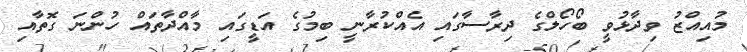
މުއިއްޒު ވިދާޅުވީ ބޯހޯލްގެ ދިރާސާގައި އެއްކުރާނީ ބިމުގެ އަޑީގައި މާއްދާތައް ހުންނަ ގޮތާއި